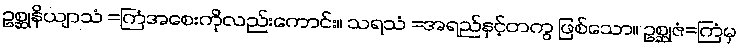
ဥစ္ဆုနိယျာသံ =ကြံအစေးကိုလည်းကောင်း။ သရသံ =အရည်နှင့်တကွ ဖြစ်သော။ ဥစ္ဆုဇံ=ကြံမှ